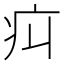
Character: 㽱